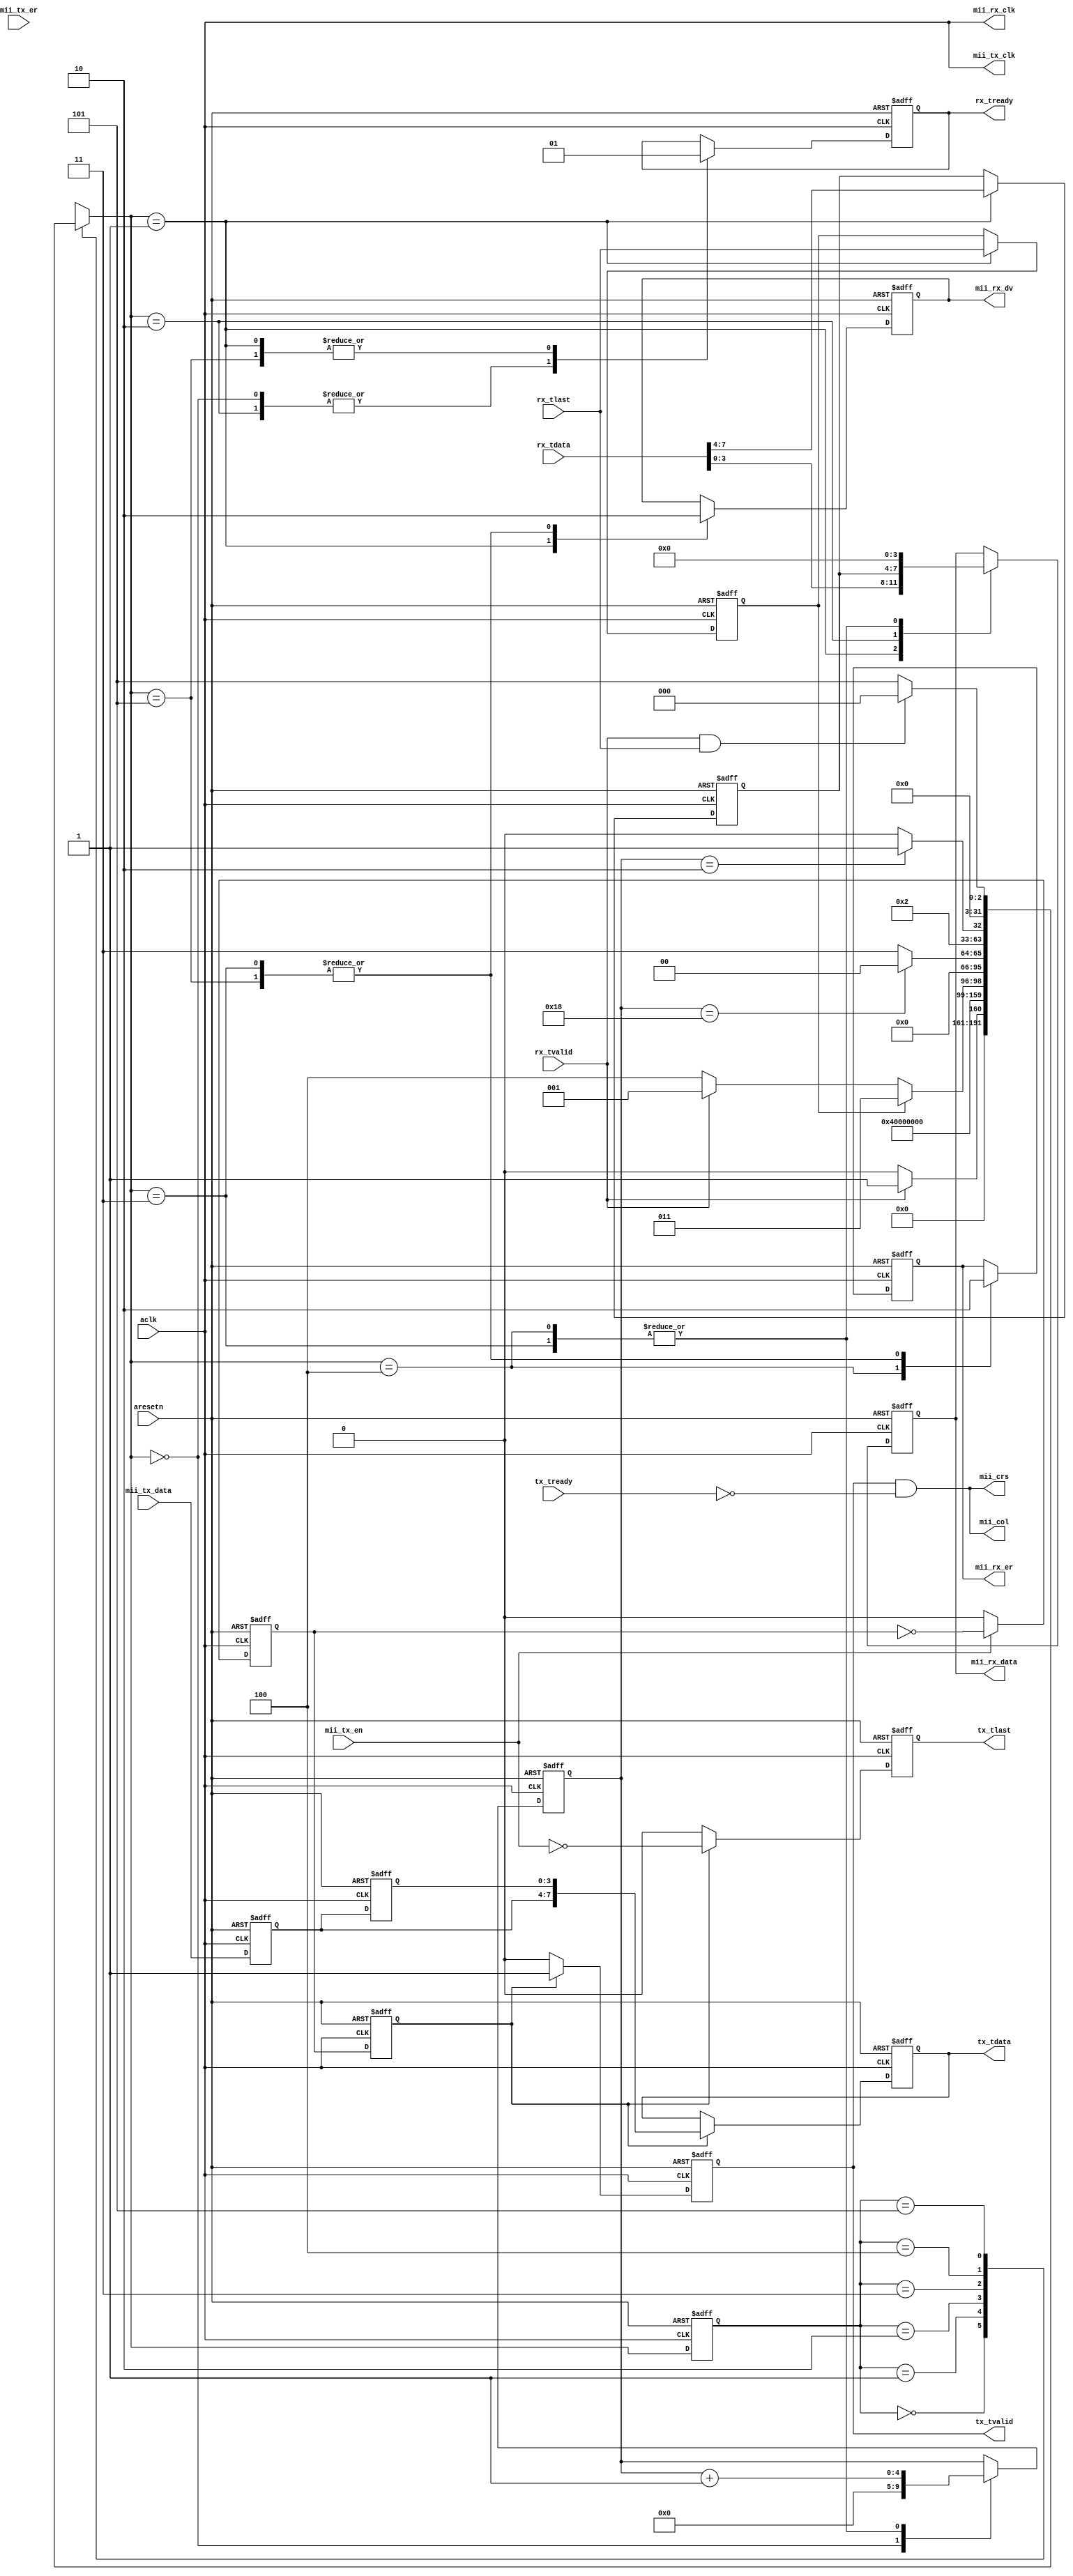
module mii_if(
	input	aclk,
	input	aresetn,

	output	reg [7:0] tx_tdata,
	output	reg tx_tvalid,
	output	reg tx_tlast,
	input	tx_tready, 

	input	[7:0] rx_tdata,
	input	rx_tvalid,
	input	rx_tlast,
	output	reg rx_tready,

	output	mii_tx_clk,
	input	mii_tx_en,
	input	mii_tx_er,
	input	[3:0] mii_tx_data,

	output	mii_rx_clk,
	output	reg mii_rx_dv,
	output	reg mii_rx_er,
	output	reg [3:0] mii_rx_data,

	output	mii_crs,
	output	mii_col
);

assign mii_tx_clk = aclk;
assign mii_rx_clk = aclk;

////////////////////////////////////////////////////////////////////////////////
// Tx stage
reg [3:0] tx_data_1, tx_data_0;
reg tx_en_1, tx_en_0;
reg tx_er_1, tx_er_0;
reg tx_flag_1, tx_flag_0;

// emulate a "collision" when overflow
// Carrier-sense
//assign mii_crs = tx_tvalid;
assign mii_crs = tx_tvalid && !tx_tready;
// Collision
assign mii_col = tx_tvalid && !tx_tready;

always @(posedge aclk, negedge aresetn)
begin
	if(!aresetn) begin
		tx_flag_0 <= 1'b0;
	end
	else if(mii_tx_en) begin
		tx_flag_0 <= !tx_flag_0;
	end
	else begin
		tx_flag_0 <= 1'b0;
	end
end

always @(posedge aclk, negedge aresetn)
begin
	if(!aresetn) begin
		tx_data_1 <= 'bx;
		tx_data_0 <= 'bx;
		tx_en_1 <= 1'b0;
		tx_en_0 <= 1'b0;
		tx_er_1 <= 1'b0;
		tx_er_0 <= 1'b0;
		tx_flag_1 <= 1'b0;
	end
	else begin
		{tx_data_1, tx_data_0} <= {tx_data_0, mii_tx_data};
		{tx_en_1, tx_en_0} <= {tx_en_0, mii_tx_en};
		{tx_er_1, tx_er_0} <= {tx_er_0, mii_tx_er};
		tx_flag_1 <= tx_flag_0;
	end
end

always @(posedge aclk, negedge aresetn)
begin
	if(!aresetn) begin
		tx_tdata <= 'bx;
		tx_tvalid <= 1'b0;
		tx_tlast <= 1'b0;
	end
	else if(tx_flag_1) begin
		tx_tdata <= {tx_data_0, tx_data_1};
		tx_tvalid <= 1'b1;
		tx_tlast <= !mii_tx_en;
	end
	else begin
		tx_tvalid <= 1'b0;
		tx_tlast <= 1'b0;
	end
end

////////////////////////////////////////////////////////////////////////////////
// Rx stage

reg [3:0] rx_data_0;
reg rx_last_0;
reg [4:0] timer;

integer s1, s1_next;
localparam S1_IDLE=0, S1_STROBE_LOW=1, S1_STROBE_HIGH=2,
	S1_IFG=3, S1_UNDERFLOW=4, S1_RECOVER=5;

parameter IFG_CYCLES = 24;

always @(posedge aclk, negedge aresetn)
begin
	if(!aresetn)
		s1 <= S1_IDLE;
	else
		s1 <= s1_next;
end

always @(*)
begin
	case(s1)
		S1_IDLE: begin
			if(rx_tvalid) 
				s1_next = S1_STROBE_LOW;
			else
				s1_next = S1_IDLE;
		end
		S1_STROBE_LOW: begin
			s1_next = S1_STROBE_HIGH;
		end
		S1_STROBE_HIGH: begin
			if(rx_last_0)
				s1_next = S1_IFG;
			else if(!rx_tvalid)
				s1_next = S1_UNDERFLOW;
			else
				s1_next = S1_STROBE_LOW;
		end
		S1_IFG: begin
			if(timer == IFG_CYCLES)
				s1_next = S1_IDLE;
			else
				s1_next = S1_IFG;
		end
		S1_UNDERFLOW: begin
			if(timer == 2)
				s1_next = S1_RECOVER;
			else
				s1_next = S1_UNDERFLOW;
		end
		S1_RECOVER: begin
			if(rx_tvalid && rx_tlast)
				s1_next = S1_IDLE;
			else
				s1_next = S1_RECOVER;
		end
		default: begin
			s1_next = 'bx;
		end
	endcase
end

always @(posedge aclk, negedge aresetn)
begin
	if(!aresetn) begin
		mii_rx_data <= 'b0;
		mii_rx_er <= 1'b0;
		mii_rx_dv <= 1'b0;
		rx_data_0 <= 'bx;
		rx_last_0 <= 1'b0;
		rx_tready <= 1'b0;
		timer <= 'bx;
	end
	else case(s1_next)
		S1_IDLE: begin
			timer <= 'b0;
			rx_tready <= 1'b0;
		end
		S1_STROBE_LOW: begin
			rx_tready <= 1'b1;
			mii_rx_dv <= 1'b1;
			mii_rx_data <= rx_tdata[3:0];
			rx_data_0 <= rx_tdata[7:4];
			rx_last_0 <= rx_tlast;
		end
		S1_STROBE_HIGH: begin
			rx_tready <= 1'b0;
			mii_rx_data <= rx_data_0;
		end
		S1_IFG: begin
			timer <= timer+1;
			mii_rx_dv <= 1'b0;
			mii_rx_er <= 1'b0;
			mii_rx_data <= 'b0;
		end
		S1_UNDERFLOW: begin
			timer <= timer+1;
			mii_rx_er <= 1'b1;
			mii_rx_data <= 'b0;
		end
		S1_RECOVER: begin
			rx_tready <= 1'b1;
			mii_rx_dv <= 1'b0;
			mii_rx_er <= 1'b0;
		end
	endcase
end
endmodule